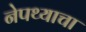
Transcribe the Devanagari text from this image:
नेपथ्याचा